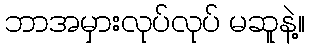
ဘာအမှားလုပ်လုပ် မဆူနဲ့။